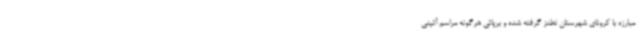
مبارزه با کرونای شهرستان نطنز گرفته شده و برپائی هرگونه مراسم آئینی